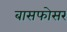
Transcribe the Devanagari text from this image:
बासफोसर